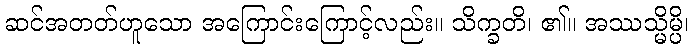
ဆင်အတတ်ဟူသော အကြောင်းကြောင့်လည်း။ သိက္ခတိ၊ ၏။ အဿသ္မိမ္ပိ၊